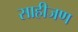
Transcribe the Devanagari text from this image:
साहीजण